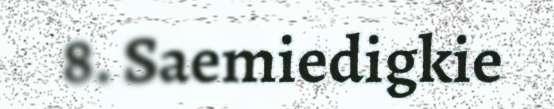
8. Saemiedigkie